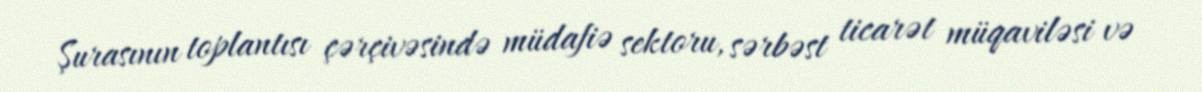
Şurasının toplantısı çərçivəsində müdafiə sektoru, sərbəst ticarət müqaviləsi və